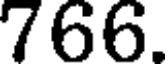
766.